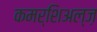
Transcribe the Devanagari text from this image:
कमर्शिअल्ज़